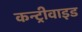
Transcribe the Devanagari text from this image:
कन्ट्रीवाइड